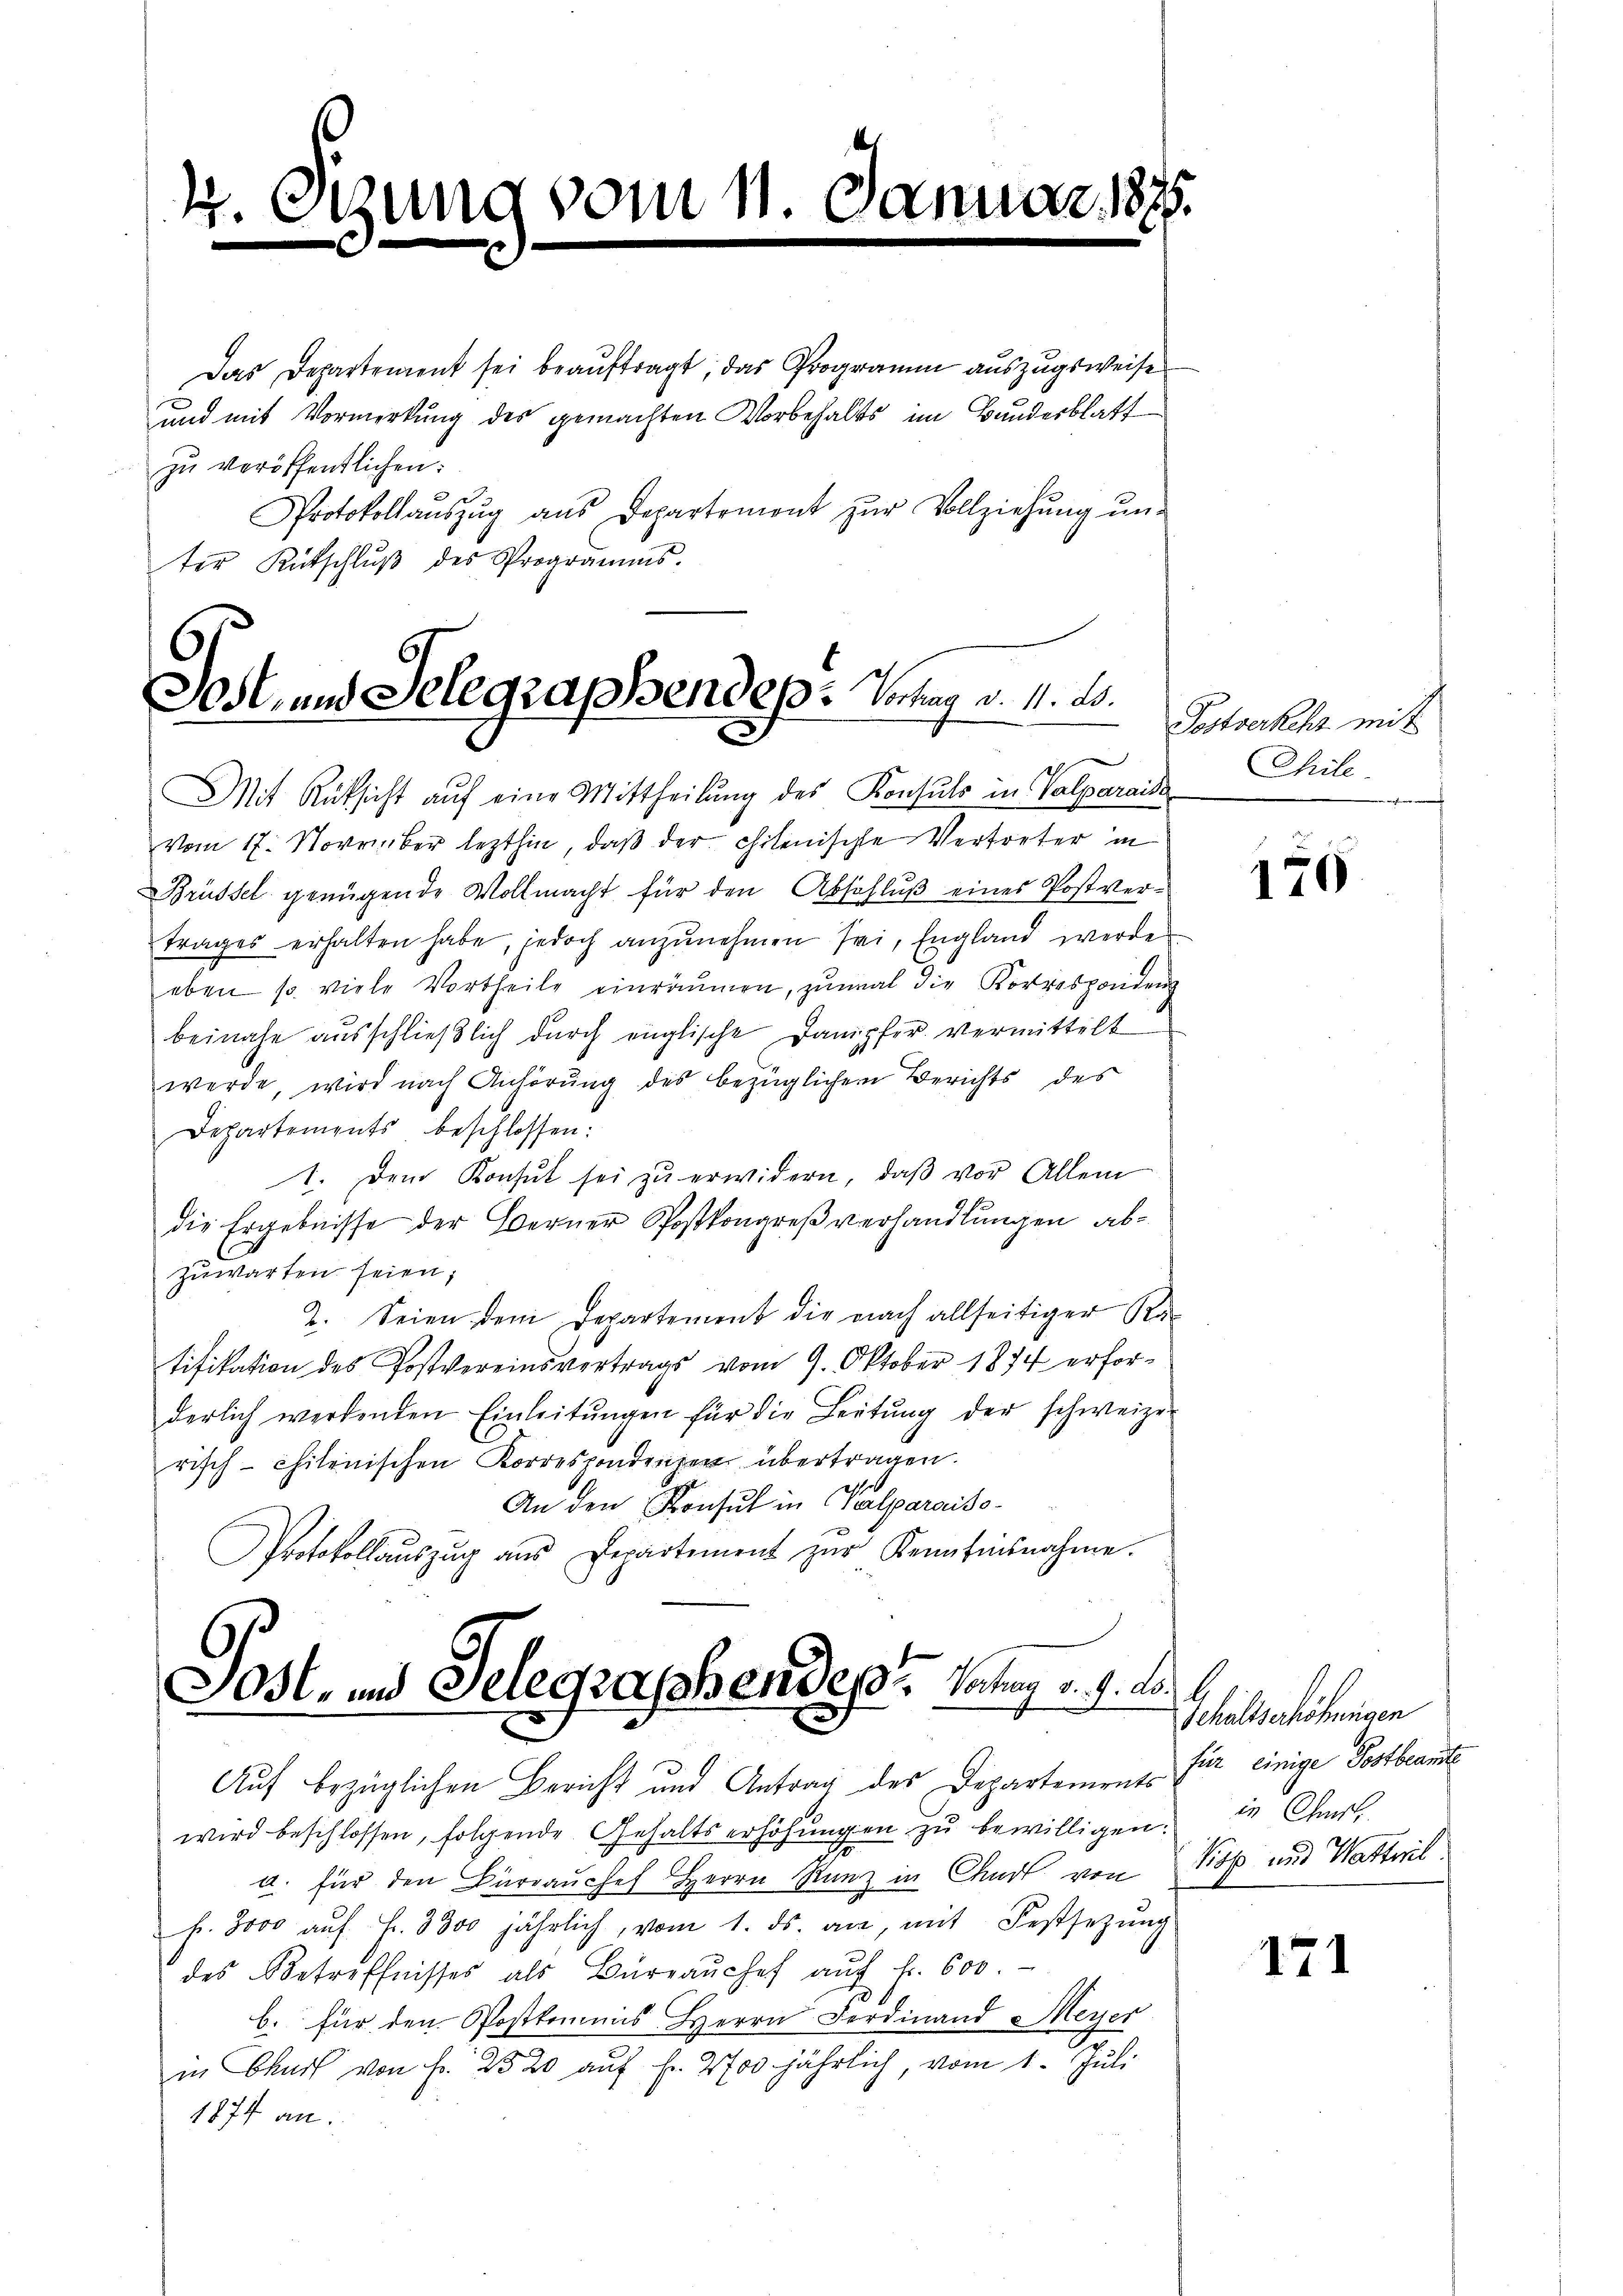
4. Sitzung vom 11. d.
.

Das Departement sei beauftragt, das Programm auszugsweise
und mit Vormerkung des gemachten Vorbehalts im Bunderblatt
zŭ veröffentlichen:
Protokollaŭszŭg aŭs Departemont zŭr Vollziehŭng ŭn-
ter Kutschlŭβ des Programms.

Gost- und Selegraphendep: Vortrag v. 14. d.

Mit Rüksicht auf eine Mittheilung des Konsuls in Valparaide
vom 17. November lezthin, daβ der chilenische Vertreter in
Brüssel genügende Vollmacht für den Abschluß eines Postvertrages erhalten habe, jedoch anzŭnehmen sei, England werde
eben so viele Vortheile einräumen, zumal die Korrespondenz
beinahe ausschlieβlich durch englische Dampfer vermittelt
werde, wird nach Anhörung des bezüglichen Berichts des
Departements beschlossen:
1. Dem Konsul sei zŭ erwidern, daβ vor Allem
die Ergebnisse der Berner Postkongreßverhandlungen ab¬
Zuwarten seien;
2. Seien dem Departement die nach allseitiger Ra
tifikation des Postvereinsvertrags vom 9. Oktober 1874 erforderlich werdenden Einleitŭngen für die Leitŭng der schweizer
risch-chilenischen Korrespondenzen übertragen.
An den Konsul in Valparaiso¬
Protokollaŭszŭg ans Departement zŭr Kenntnisnahme.

Fost- und Telegraschen des Vortrag v. 9. d. 1.
Auf bezüglichen Bericht und Antrag des Departements für einige Postbeamte

Postverkehr mit
Chile.
b

wird beschlossen, folgende Gehaltserhöhungen zu bewilligen.
a. für den Bürrauches Herrn Ranz in Chart von Kop und Wattwil
fr. 8000 aŭf Fr. 3300 jährlich, vom 1. ds. an, mit Festsetzŭng
des Betreffnisses als Büreaŭchef aŭf fr. 600.
b. für den Postkommis Herrn Ferdinand & Meyer
in Chur von Fr. 2520 aŭf Fr. 2700. jährlich, vom 1. Juli
1874 an:

170

Schaltserhöhungen
in Christ,

171